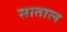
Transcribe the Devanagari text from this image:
साताल